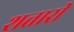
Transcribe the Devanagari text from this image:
शत्तारी